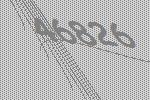
46826